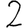
Digit: 2